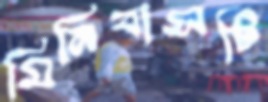
মিনিবাসটি